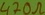
Text: 470Ω